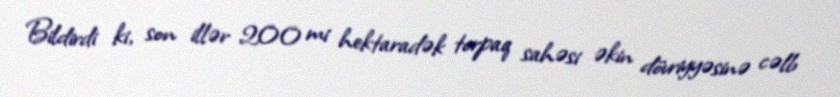
Bildirdi ki, son illər 200 mi hektaradək torpaq sahəsi əkin dövriyyəsinə cəlb